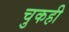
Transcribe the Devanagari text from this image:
चुकही